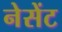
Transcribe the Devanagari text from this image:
नेसेंट